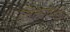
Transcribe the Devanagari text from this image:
लिलाव२२